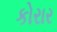
કોરાર